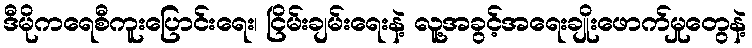
ဒီမိုကရေစီကူးပြောင်းရေး၊ ငြိမ်းချမ်းရေးနဲ့ လူ့အခွင့်အရေးချိုးဖောက်မှုတွေနဲ့